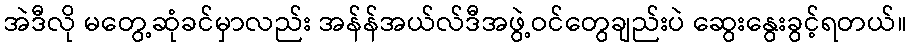
အဲဒီလို မတွေ့ဆုံခင်မှာလည်း အန်န်အယ်လ်ဒီအဖွဲ့ဝင်တွေချည်းပဲ ဆွေးနွေးခွင့်ရတယ်။